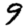
Digit: 9